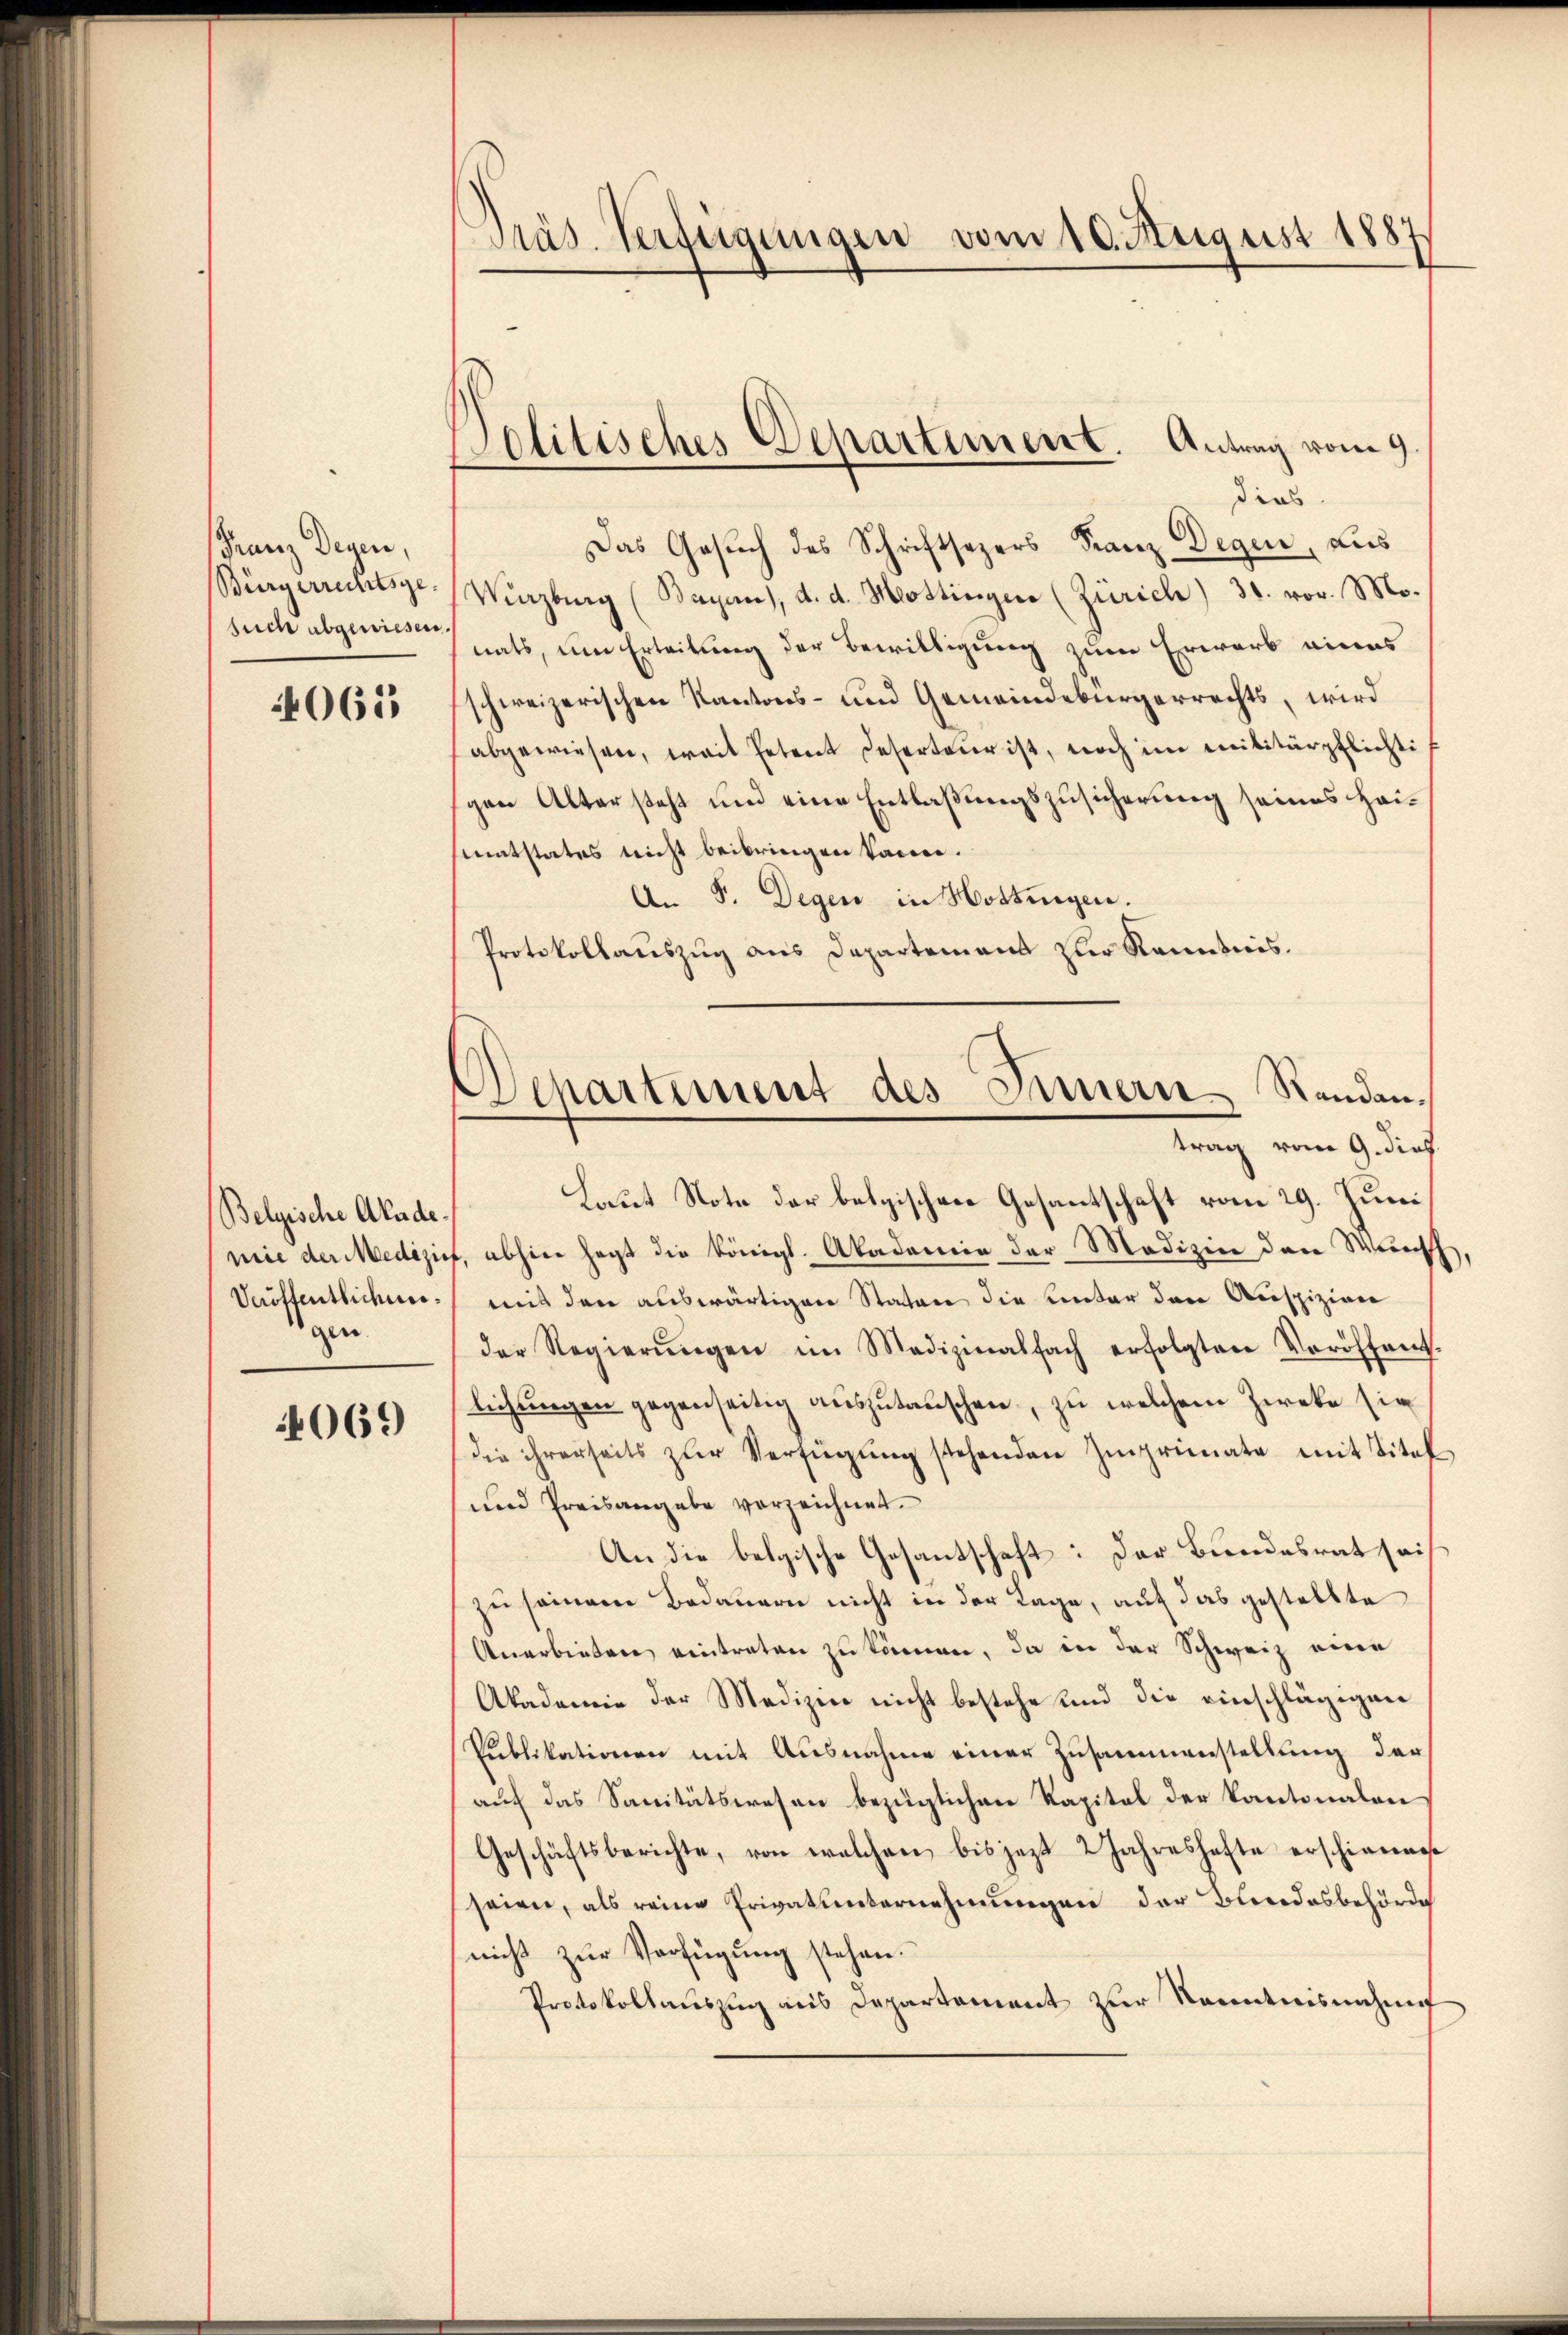
Franz Degen,
Bürgerrechtsgesuch abgewiesen.

4065

Belgische Akade¬
Daöffentlichen.
gen.

069

Präs. Verfügungen vom 10. August 1887

Politisches Departiment. Antrag vom 9.

dies
Das Gesuch des Schriftsezers Franz Degen, aus
Vazburg (Bayern), d. d. Mottinger (Zürich) 31. vor. Mo-
nats, um Erteilung der Bewilligung zum Erwarb eines
schweizerischen Kantons- und Gemeindebürgerrechts, wird
abgewiesen, weit Petent deserteur ist, noch im Militärpflichtis
gen Alter steht und eine Entlaßungszusicherung seines Heimatstates nicht beibringen kann.
An F. Degen in Hottingen.
Protokollauszug aus Departemens zur Kenntnis.

Laut Note der belgischen Gesantschaft vom 29. Juni
mie der Medizies, abhier sagt die Königl. Akademie der Medizien den Wunsch,
mit den auswärtigen Staten die Lector den Auspizien
der Regierŭngen im Medizinalfach erfolgten Veröffent-
leihungen gegenseitig auszutauschen, zu welchem Zweke sie
(die ihrerseits zŭr Verfügŭng stehenden Imprimnate mit Titel
und Preisangabe vorzeichnet.
An die belgische Gesantschaft: Der Bundesrat sei
zu seien Bedauern nicht in der Lage, auf das gestellte
Anerbieten eintreten zu können, da in der Schweiz eine
Akademie der Medizier nicht bestehe und die einschlägigen
Publikationen mit Ausnahme einer Zusammenstellung der
auf das Sanitätswesen bezüglichen Kapital der Kantonalen
Geschäftsberichte, von welchen bis jezt 2 Jahreshafte erschienanst
seien, als reine Privatunternehmungen der Bundesbehörde
nicht zur Verfügung stehen.
Protokollauszug aus Departement zur Kenntnisnahme

Departement des Innern. Standen.
trag vom 9. dies